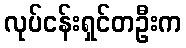
လုပ်ငန်းရှင်တဦးက